Lunatic asylums United Provinces 1899-1908 - 1899-1908
Year: 1899
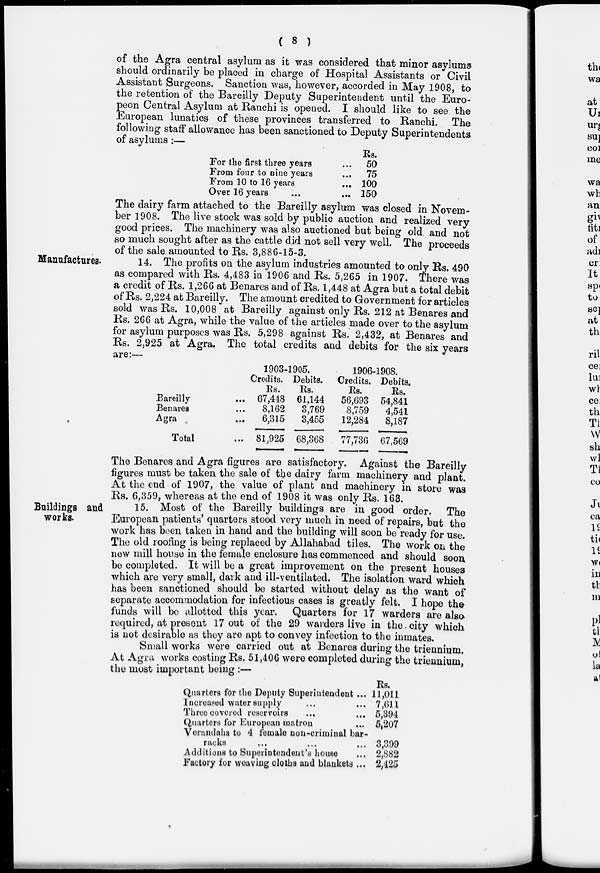
( 8 )
of the Agra central asylum as it was considered that minor asylums
should ordinarily be placed in charge of Hospital Assistants or Civil
Assistant Surgeons. Sanction was, however, accorded in May 1908, to
the retention of the Bareilly Deputy Superintendent until the Euro-
peon Central Asylum at Ranchi is opened. I should like to see the
European lunatics of these provinces transferred to Ranchi. The
following staff allowance has been sanctioned to Deputy Superintendents
of asylums :—
For the first three years ...
From four to nine years ...
From 10 to 16 years ...
Over 16 years
...
...
Rs.
50
75
100
150
Manufactures.
The dairy farm attached to the Bareilly asylum was closed in Novem-
ber 1908. The live stock was sold by public auction and realized very
good prices. The machinery was also auctioned but being old and not
so much sought after as the cattle did not sell very well. The proceeds
of the sale amounted to Rs. 3,886-15-3.
14. The profits on the asylum industries amounted to only Rs. 490
as compared with Rs. 4,483 in 1906 and Rs. 5,265 in 1907. There was
a credit of Rs. 1,266 at Benares and of Rs. 1,448 at Agra but a total debit
of Rs. 2,224 at Bareilly. The amount credited to Government for articles
sold was Rs. 10,008 at Bareilly against only Rs. 212 at Benares and
Rs. 266 at Agra, while the value of the articles made over to the asylum
for asylum purposes was Rs. 5,298 against Rs. 2,432, at Benares and
Rs. 2,925 at Agra. The total credits and debits for the six years
are:—
Bareilly ...
Benares ...
Agra ...
Total ...
1903-1905.
Credits.
Rs.
67,448
8,162
6,315
81,925
Debits.
Rs.
61,144
3,769
3,455
68,368
1906-1908.
Credits.
Rs.
56,693
8,759
12,284
77,736
Debits.
Rs.
54,841
4,541
8,187
67,569
The Benares and Agra figures are satisfactory. Against the Bareilly
figures must be taken the sale of the dairy farm machinery and plant.
At the end of 1907, the value of plant and machinery in store was
Rs. 6,359, whereas at the end of 1908 it was only Rs. 163.
Buildings and
works.
15. Most of the Bareilly buildings are in good order. The
European patients' quarters stood very much in need of repairs, but the
work has been taken in hand and the building will soon be ready for use.
The old roofing is being replaced by Allahabad tiles. The work on the
new mill house in the female enclosure has commenced and should soon
be completed. It will be a great improvement on the present houses
which are very small, dark and ill-ventilated. The isolation ward which
has been sanctioned should be started without delay as the want of
separate accommodation for infectious cases is greatly felt. I hope the
funds will be allotted this year. Quarters for 17 warders are also
required, at present 17 out of the 29 warders live in the city which
is not desirable as they are apt to convey infection to the inmates.
Small works were carried out at Benares during the triennium.
At Agra works costing Rs. 51,406 were completed during the triennium,
the most important being :—
Quarters for the Deputy Superintendent ...
Increased water supply ... ...
Three covered reservoirs ... ...
Quarters for European matron ...
Verandahs to 4 female non-criminal bar-
racks ... ... ...
Additions to Superintendent's house ...
Factory for weaving cloths and blankets ...
Rs.
11,011
7,611
5,394
5,207
3,399
2,882
2,425